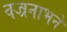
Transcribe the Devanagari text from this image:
वज्रनाभने